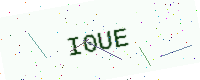
Text: I0UE